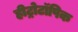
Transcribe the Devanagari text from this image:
हीट्रोटॉपिक